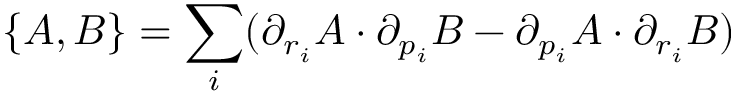
\{ A , B \} = \sum _ { i } ( \partial _ { r _ { i } } A \cdot \partial _ { p _ { i } } B - \partial _ { p _ { i } } A \cdot \partial _ { r _ { i } } B )